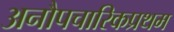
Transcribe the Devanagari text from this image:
अनौपचारिकप्रथम